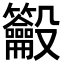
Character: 𪛒